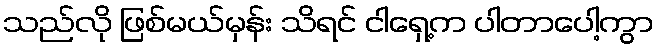
သည်လို ဖြစ်မယ်မှန်း သိရင် ငါရှေ့က ပါတာပေါ့ကွာ